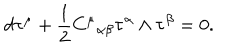
LaTeX: d { \bf \tau } ^ { \mu } + \frac { 1 } { 2 } { C ^ { \mu } } _ { \alpha \beta } { \bf \tau } ^ { \alpha } \wedge { \bf \tau } ^ { \beta } = 0 .